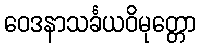
ဝေဒနာသင်္ခယဝိမုတ္တော